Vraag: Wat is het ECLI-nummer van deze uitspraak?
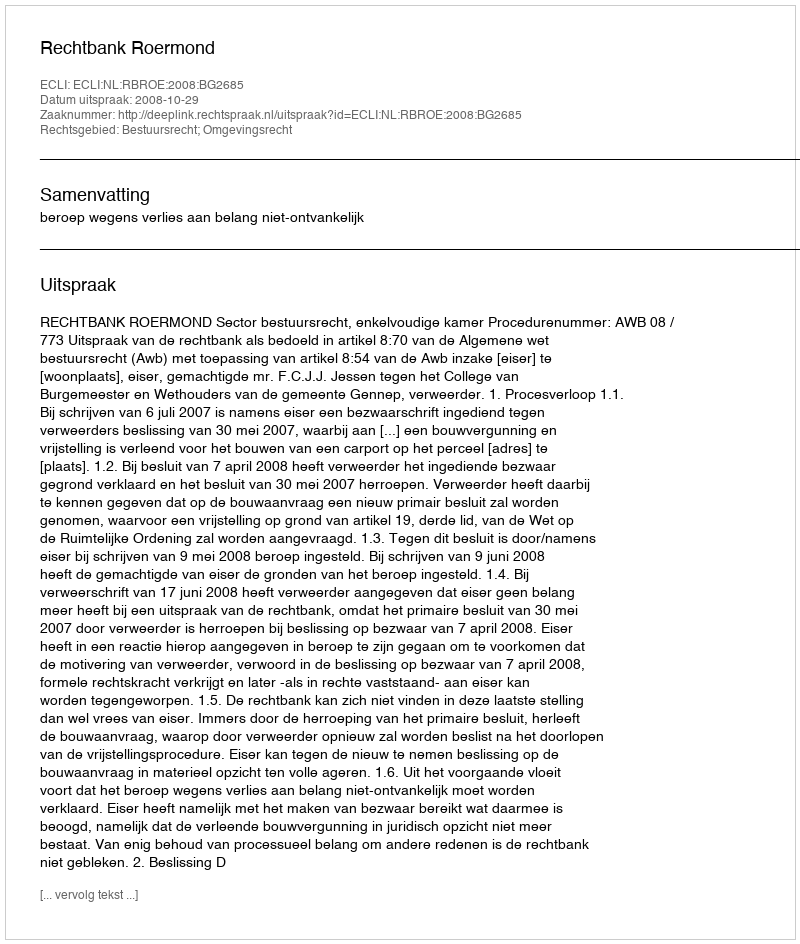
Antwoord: ECLI:NL:RBROE:2008:BG2685